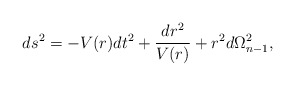
\begin{align*}ds^2 = -V(r)dt^2 + \frac{dr^2}{V(r)} +r^{2}d{\Omega}^2_{n-1},\end{align*}